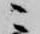
ニ